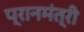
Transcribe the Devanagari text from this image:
प्रानमंत्री